King Institute of Preventive Medicine Bacteriolog. Section reports 1907-08
Year: 1907
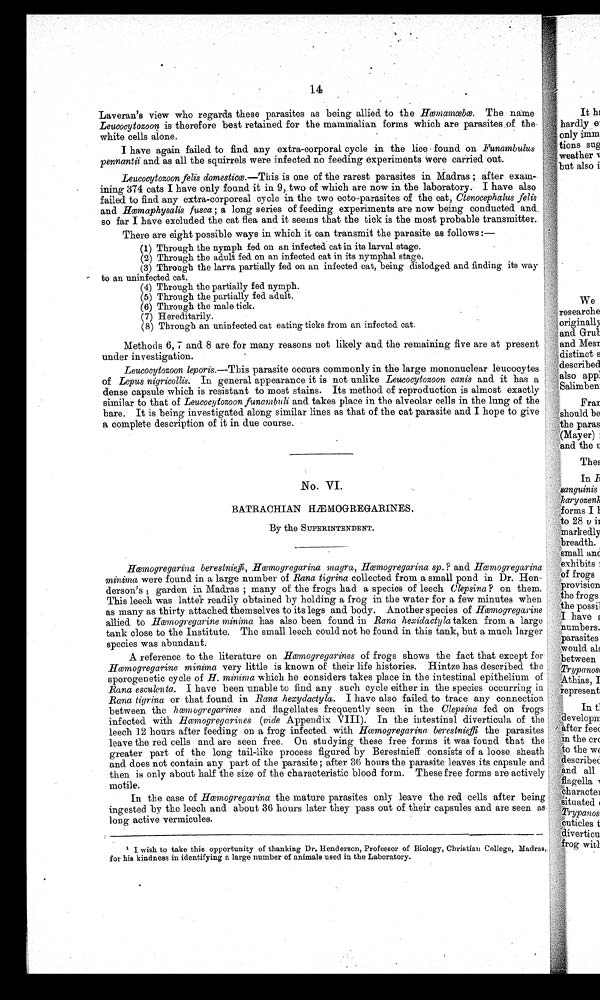
14
Laveran's view who regards these parasites as being allied to the Hœmamœbœ. The name
Leucocytozoon is therefore best retained for the mammalian forms which are parasites of the
white cells alone.
I have again failed to find any extra-corporal cycle in the lice found on Funambuli
pennantii and as all the squirrels were infected no feeding experiments were carried out.
Leucocytozoon fells domesticœ.—This is one of the rarest parasites in Madras ; after exam-
ining 374 cats I have only found it in 9, two of which are now in the laboratory. I have also
failed to find any extra-corporeal cycle in the two ecto-parasites of the cat, Ctenocephalus
felis and Hœmaphysalis fusca ; a long series of feeding experiments are now being conducted and
so far I have excluded the cat flea and it seems that the tick is the most probable transmitter.
There are eight possible ways in which it can transmit the parasite as follows :
—
(1)Through the nymph fed on an infected cat in its larval stage.
(2)Through the adult fed on an infected cat in its nymphal stage.
(3)Through the larva partially fed on an infected cat, being dislodged and finding its way
to an uninfected cat.
(4)Through the partially fed nymph.
(5)Through the partially fed adult.
(6)Through the male tick.
(7)Hereditarily.
(8)Through an uninfected cat eating ticks from an infected cat.
Methods 6, 7 and 8 are for many reasons not likely and the remaining five are at present
under investigation.
Leucocytozoon leporis.—This parasite occurs commonly in the large mononuclear leucocytes
of Lepus nigricollis. In general appearance it is not unlike Leucocytozoon canis and it has a
dense capsule which is resistant to most stains. Its method of reproduction is almost exactly
similar to that of Leucocytozoon funambuli and takes place in the alveolar cells in the lung of the
hare. It is being investigated along similar lines as that of the cat parasite and I hope to give
a complete description of it in due course.
No. VI.
BATRACHIAN HÆMOGREGARINES.
By the SUPERINTENDENT.
Hœmogregarina berestnieffi, Hœmogregarina magra, Hœmogregarina sp.? and Hœmogregarina
minima were found in a large number of Rana tigrina collected from a small pond in Dr. Hen-
derson's 1 garden in Madras ; many of the frogs had a species of leech Clepsina? on them.
This leech was latter readily obtained by holding a frog in the water for a few minutes when
as many as thirty attached themselves to its legs and body. Another species of Hœmogregarine
allied to Hœmogregarine minima has also been found in Rana hexidactyla taken from a large
tank close to the Institute. The small leech could not be found in this tank, but a much larger
species was abundant.
A reference to the literature on Hœmogregarines of frogs shows the fact that except for
Hœmogregarine minima very little is known of their life histories. Hintze has described the
sporogenetic cycle of H. minima which he considers takes place in the intestinal epithelium of
Rana esculenta. I have been unable to find any such cycle either in the species occurring in
Rana tigrina or that found in Rana hexidactyla. I have also failed to trace any connection
between the hœmogregarines and flagellates frequently seen in the Clepsina fed on frogs
infected with Hœmogregarines (vide Appendix VIII). In the intestinal diverticula of the
leech 12 hours after feeding on a frog infected with Hœmogregarina berestnieffi the parasites
leave the red cells and are seen free. On studying these free forms it was found that the
greater part of the long tail-like process figured by Berestnie consists of a loose sheath
and does not contain any part of the parasite ; after 36 hours the parasite leaves its capsule and
then is only about half the size of the characteristic blood form. These free forms are actively
motile.
In the case of Hœmogregarina the mature parasites only leave the red cells after being
ingested by the leech and about 36 hours later they pass out of their capsules and are seen as
long active vermicules.
1 I wish to take this opportunity of thanking Dr. Henderson, Professor of Biology, Christian College, Madras,
for his kindness in identifying a large number of animals used in the Laboratory.